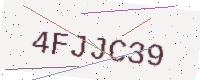
Text: 4FJJC39